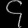
Digit: ၄